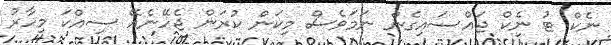
ނެކް ޓު ނެކް ޖައްސައިގެން ނަމަވެސް މިކަން ކުރަން ޖެހޭނެއޭ ސިއްކަ މިހާރު